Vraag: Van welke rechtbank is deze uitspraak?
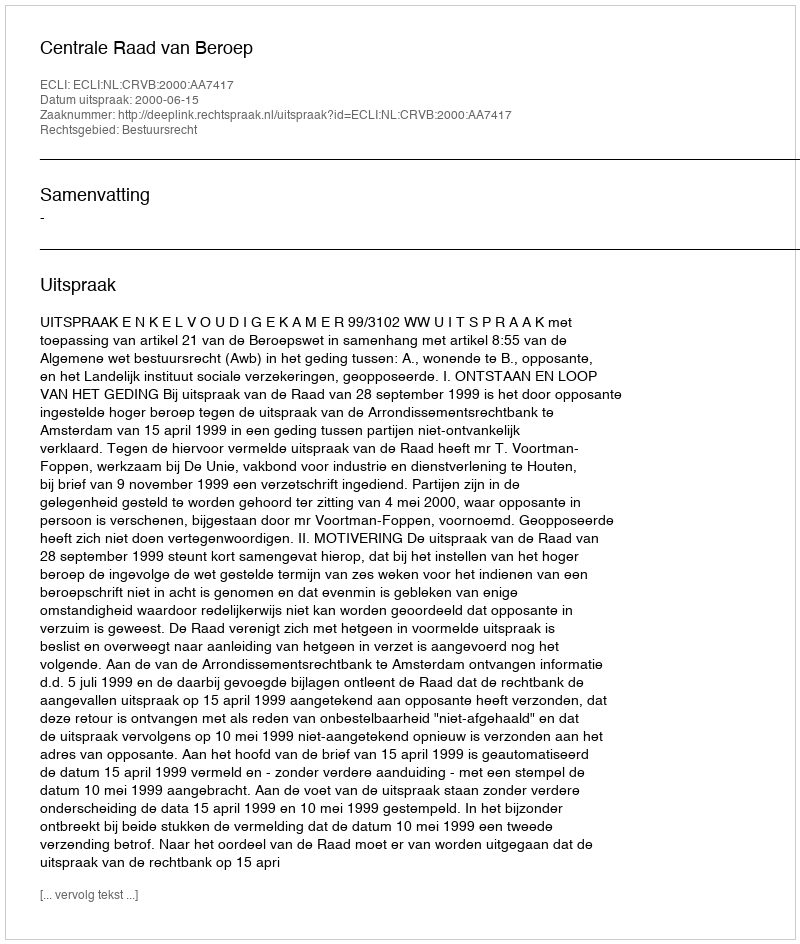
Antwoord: Centrale Raad van Beroep